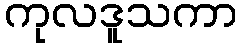
ကုလဒူသကာ